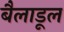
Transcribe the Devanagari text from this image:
बैलाडूल